Leaving Certificate Examination (including Day School Certificate (Higher) General paper), 1936
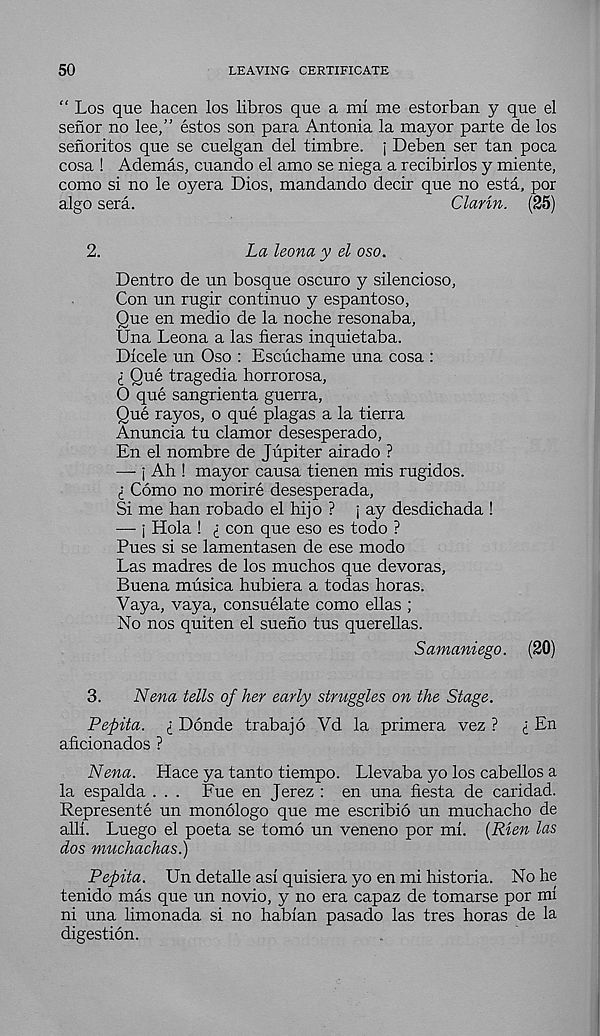
50
LEAVING CERTIFICATE
“ Los que hacen los libros que a mi me estorban y que el
senor no lee,” estos son para Antonia la mayor parte de los
senoritos que se cuelgan del timbre, j Deben ser tan poca
cosa ! Ademas, cuando el amo se niega a recibirlos y miente,
como si no le oyera Dios, mandando decir que no esta, por
algo sera.
Clarin. (25)
2.
La leona y el oso.
Dentro de un bosque oscuro y silencioso,
Con un rugir continuo y espantoso,
Que en medio de la noche resonaba,
Una Leona a las fieras inquietaba.
Dicele un Oso : Escuchame una cosa :
i Que tragedia horrorosa,
Q que sangrienta guerra,
Que rayos, o que plagas a la tierra
Anuncia tu clamor desesperado,
En el nombre de Jupiter air ado ?
— i Ah ! mayor causa tienen mis rugidos.
£ Como no morire desesperada,
Si me han robado el hijo ? j ay desdichada !
— j Hola ! £ con que eso es todo ?
Pues si se lamentasen de ese modo
Las madres de los muchos que devoras,
Buena musica hubiera a todas horas.
Vaya, vaya, consuelate como ellas ;
No nos quiten el sueno tus querellas.
Samaniego. (20)
3.
Nena tells of her early struggles on the Stage.
Pepita. £ Donde trabajo Vd la primera vez ?
£ En
aficionados ?
Nena. Hace ya tanto tiempo. Llevaba yo los cabellos a
la espalda ... Fue en Jerez : en una fiesta de caridad.
Represente un monologo que me escribio un muchacho de
alii. Luego el poeta se tomb un veneno por mf. (Rien las
dos muchachas.)
Pepita. Un detalle asi quisiera yo en mi historia. No he
tenido mas que un novio, y no era capaz de tomarse por mi
ni una limonada si no habian pasado las tres horas de la
digestion.